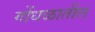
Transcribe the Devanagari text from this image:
गोंधळातील